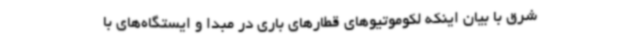
شرق با بیان اینکه لکوموتیوهای قطارهای باری در مبدا و ایستگاه‌های با